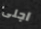
اجلى